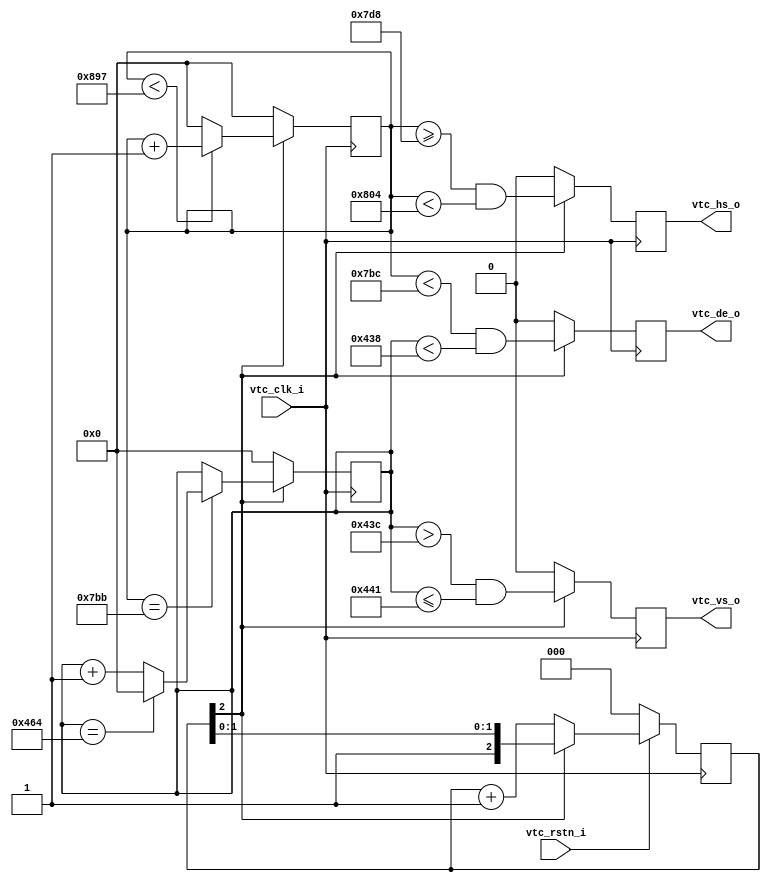

/*******************************MILIANKE*******************************
*Company : MiLianKe Electronic Technology Co., Ltd.
*WebSite:https://www.milianke.com
*TechWeb:https://www.uisrc.com
*tmall-shop:https://milianke.tmall.com
*jd-shop:https://milianke.jd.com
*taobao-shop1: https://milianke.taobao.com
*Module Name:
*File Name:
*Description: 
*The reference demo provided by Milianke is only used for learning. 
*We cannot ensure that the demo itself is free of bugs, so users 
*should be responsible for the technical problems and consequences
*caused by the use of their own products.
*Copyright: Copyright (c) MiLianKe
*All rights reserved.
*Revision: 1.1
*Signal description
*1) _i input
*2) _o output
*3) _n activ low
*4) _dg debug signal 
*5) _r delay or register
*6) _s state mechine
*********************************************************************/
`timescale 1ns / 1ns

module uivtc#
(
parameter H_ActiveSize  =   1980, 
parameter H_FrameSize   =   1920+88+44+148, 
parameter H_SyncStart   =   1920+88, 
parameter H_SyncEnd     =   1920+88+44, 

parameter V_ActiveSize  =   1080, 
parameter V_FrameSize   =   1080+4+5+36, 
parameter V_SyncStart   =   1080+4, 
parameter V_SyncEnd     =   1080+4+5
)
(
input           vtc_rstn_i,
input			vtc_clk_i,
output	reg		vtc_vs_o,
output  reg     vtc_hs_o,
output  reg     vtc_de_o	
);

reg [11:0] hcnt = 12'd0;    
reg [11:0] vcnt = 12'd0;       
reg [2 :0] rst_cnt = 3'd0;
wire rst_sync = rst_cnt[2];

always @(posedge vtc_clk_i)begin
    if(!vtc_rstn_i)
        rst_cnt <= 3'd0;
    else if(rst_cnt[2] == 1'b0)
        rst_cnt <= rst_cnt + 1'b1;
end    


always @(posedge vtc_clk_i)begin
    if(rst_sync == 1'b0)
        hcnt <= 12'd0;
    else if(hcnt < (H_FrameSize - 1'b1))
        hcnt <= hcnt + 1'b1;
    else 
        hcnt <= 12'd0;
end         

always @(posedge vtc_clk_i)begin
    if(rst_sync == 1'b0)
        vcnt <= 12'd0;
    else if(hcnt == (H_ActiveSize  - 1'b1)) begin
           vcnt <= (vcnt == (V_FrameSize - 1'b1)) ? 12'd0 : vcnt + 1'b1;
    end
end 

wire hs_valid  =  hcnt < H_ActiveSize;
wire vs_valid  =  vcnt < V_ActiveSize;
wire vtc_hs   =  (hcnt >= H_SyncStart && hcnt < H_SyncEnd);
wire vtc_vs	   = (vcnt > V_SyncStart && vcnt <= V_SyncEnd);      
wire vtc_de   =  hs_valid && vs_valid;

always @(posedge vtc_clk_i)begin
	if(rst_sync == 1'b0)begin
		vtc_vs_o <= 1'b0;
		vtc_hs_o <= 1'b0;
		vtc_de_o <= 1'b0;
	end
	else begin
		vtc_vs_o <= vtc_vs;
		vtc_hs_o <= vtc_hs;
		vtc_de_o <= vtc_de;	
	end
end

endmodule